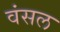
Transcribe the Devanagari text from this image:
वंसल